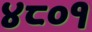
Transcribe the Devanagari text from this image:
४८०१